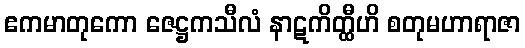
ဧကမာတုကော ဇေဋ္ဌကသီလံ နာဋကိတ္ထီဟိ စတုမဟာရာဇာ